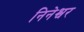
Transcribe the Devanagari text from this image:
निनेश्वर